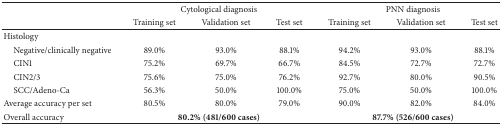
<table><thead><tr><td><b> </b></td><td colspan="3"><b>Cytological diagnosis</b></td><td colspan="3"><b>PNN diagnosis</b></td></tr><tr><td><b> </b></td><td><b>Training set</b></td><td><b>Validation set</b></td><td><b>Test set</b></td><td><b>Training set</b></td><td><b>Validation set</b></td><td><b>Test set</b></td></tr></thead><tbody><tr><td>Histology</td><td> </td><td> </td><td> </td><td> </td><td> </td><td> </td></tr><tr><td> Negative/clinically negative</td><td>89.0%</td><td>93.0%</td><td>88.1%</td><td>94.2%</td><td>93.0%</td><td>88.1%</td></tr><tr><td> CIN1</td><td>75.2%</td><td>69.7%</td><td>66.7%</td><td>84.5%</td><td>72.7%</td><td>72.7%</td></tr><tr><td> CIN2/3</td><td>75.6%</td><td>75.0%</td><td>76.2%</td><td>92.7%</td><td>80.0%</td><td>90.5%</td></tr><tr><td> SCC/Adeno-Ca</td><td>56.3%</td><td>50.0%</td><td>100.0%</td><td>75.0%</td><td>50.0%</td><td>100.0%</td></tr><tr><td>Average accuracy per set</td><td>80.5%</td><td>80.0%</td><td>79.0%</td><td>90.0%</td><td>82.0%</td><td>84.0%</td></tr><tr><td>Overall accuracy</td><td colspan="3"><b>80.2% (481/600 cases)</b></td><td colspan="3"><b>87.7% (526/600 cases)</b></td></tr></tbody></table>